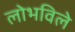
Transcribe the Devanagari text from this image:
लोभविले